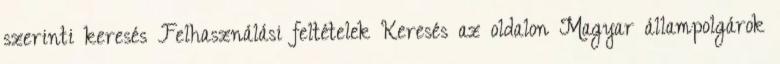
szerinti keresés Felhasználási feltételek Keresés az oldalon Magyar állampolgárok